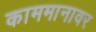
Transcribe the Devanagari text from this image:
काममानावर